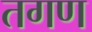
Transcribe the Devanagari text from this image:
तगण